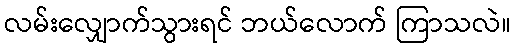
လမ်းလျှောက်သွားရင် ဘယ်လောက် ကြာသလဲ။